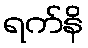
ရက်နိ